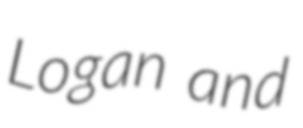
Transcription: Logan and